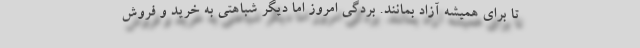
تا برای همیشه آزاد بمانند. بردگی امروز اما دیگر شباهتی به خرید و فروش